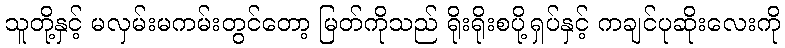
သူတို့နှင့် မလှမ်းမကမ်းတွင်တော့ မြတ်ကိုသည် ရိုးရိုးစပို့ရှပ်နှင့် ကချင်ပုဆိုးလေးကို